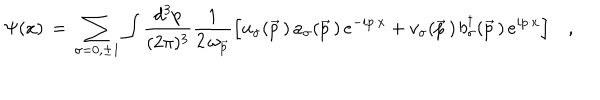
LaTeX: \Psi ( x ) \, = \, \sum _ { \sigma = 0 , \pm 1 } \int { \frac { d ^ { 3 } p } { ( 2 \pi ) ^ { 3 } } } { \frac { 1 } { 2 \, \omega _ { \vec { p } } } } \Big [ u _ { \sigma } ( \vec { p } \, ) \, a _ { \sigma } ( \vec { p } \, ) \, e ^ { - i p \cdot x } + v _ { \sigma } ( \vec { p } \, ) \, b _ { \sigma } ^ { \dagger } ( \vec { p } \, ) \, e ^ { i p \cdot x } \Bigr ] \quad ,